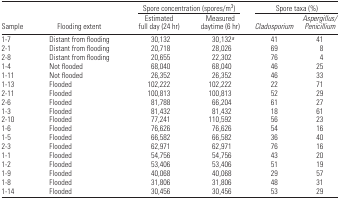
<table><thead><tr><td></td><td></td><td colspan="2"><b>Spore concentration (spores/m<sup>3</sup>)</b></td><td colspan="2"><b>Spore taxa (%)</b></td></tr><tr><td><b>Sample</b></td><td><b>Flooding extent</b></td><td><b>Estimated full day (24 hr)</b></td><td><b>Measured daytime (6 hr)</b></td><td><b><i>Cladosporium</i></b></td><td><b><i>Aspergillus/Penicillium</i></b></td></tr></thead><tbody><tr><td>1–7</td><td>Distant from flooding</td><td>30,132</td><td>30,132<i><sup>a</sup></i></td><td>41</td><td>41</td></tr><tr><td>2–1</td><td>Distant from flooding</td><td>20,718</td><td>28,026</td><td>69</td><td>8</td></tr><tr><td>2–8</td><td>Distant from flooding</td><td>20,655</td><td>22,302</td><td>76</td><td>4</td></tr><tr><td>1–4</td><td>Not flooded</td><td>68,040</td><td>68,040</td><td>46</td><td>25</td></tr><tr><td>1–11</td><td>Not flooded</td><td>26,352</td><td>26,352</td><td>46</td><td>33</td></tr><tr><td>1–13</td><td>Flooded</td><td>102,222</td><td>102,222</td><td>22</td><td>71</td></tr><tr><td>2–11</td><td>Flooded</td><td>100,813</td><td>100,813</td><td>52</td><td>29</td></tr><tr><td>2–6</td><td>Flooded</td><td>81,788</td><td>66,204</td><td>61</td><td>27</td></tr><tr><td>1–3</td><td>Flooded</td><td>81,432</td><td>81,432</td><td>18</td><td>61</td></tr><tr><td>2–10</td><td>Flooded</td><td>77,241</td><td>110,592</td><td>56</td><td>23</td></tr><tr><td>1–6</td><td>Flooded</td><td>76,626</td><td>76,626</td><td>54</td><td>16</td></tr><tr><td>1–5</td><td>Flooded</td><td>66,582</td><td>66,582</td><td>36</td><td>40</td></tr><tr><td>2–3</td><td>Flooded</td><td>62,971</td><td>62,971</td><td>76</td><td>16</td></tr><tr><td>1–1</td><td>Flooded</td><td>54,756</td><td>54,756</td><td>43</td><td>20</td></tr><tr><td>1–2</td><td>Flooded</td><td>53,406</td><td>53,406</td><td>51</td><td>19</td></tr><tr><td>1–9</td><td>Flooded</td><td>40,068</td><td>40,068</td><td>29</td><td>57</td></tr><tr><td>1–8</td><td>Flooded</td><td>31,806</td><td>31,806</td><td>48</td><td>31</td></tr><tr><td>1–14</td><td>Flooded</td><td>30,456</td><td>30,456</td><td>53</td><td>29</td></tr></tbody></table>